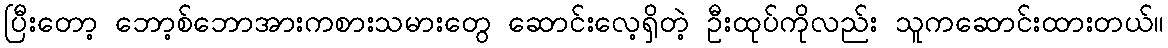
ပြီးတော့ ဘော့စ်ဘောအားကစားသမားတွေ ဆောင်းလေ့ရှိတဲ့ ဦးထုပ်ကိုလည်း သူကဆောင်းထားတယ်။